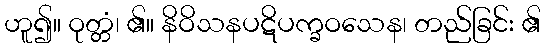
ဟူ၍။ ဝုတ္တံ၊ ၏။ နိဝိသနပဋိပက္ခဝသေန၊ တည်ခြင်း ၏